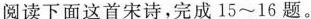
阅读下面这首宋诗，完成15~16题